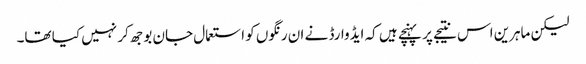
لیکن ماہرین اس نتیجے پر پہنچے ہیں کہ ایڈوارڈ نے ان رنگوں کو استعمال جان بوجھ کر نہیں کیا تھا۔